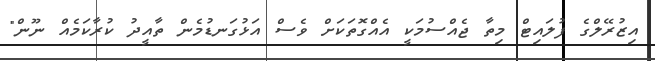
އިޒުރޭލްގެ ފުލައިޓް މިތާ ޖެއްސުމަކީ އެއްގޮތަކަށް ވެސް އަޅުގަނޑުމެން ތާއީދު ކުރާކަމެއް ނޫން"